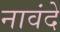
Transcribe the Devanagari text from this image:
नावंदे